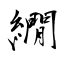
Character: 繝